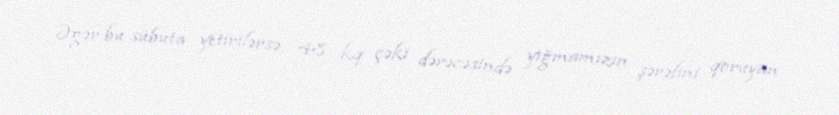
Əgər bu sübuta yetirilərsə, 48 kq çəki dərəcəsində yığmamızın şərəfini qoruyan